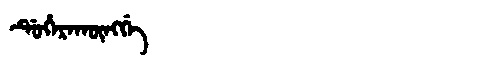
Manchu: ᡩᡠᡥᡝᡵᠠᡴᡡᠩᡤᡝ
Romanization: DUHERAKŪNGGE